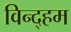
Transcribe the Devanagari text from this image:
विन्द्हम